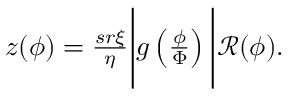
\begin{array} { r } { z ( \phi ) = \frac { s r \xi } { \eta } \Bigg | g \left( \frac { \phi } { \Phi } \right) \Bigg | \mathcal { R } ( \phi ) . } \end{array}